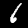
Digit: 6